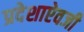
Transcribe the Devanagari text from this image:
प्रदेशाऐवजी